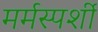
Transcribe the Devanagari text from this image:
मर्मस्‍पर्शी